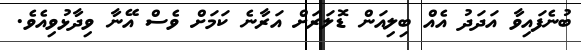
ބުނެފައިވާ އަދަދު އެއް ބިލިއަން ޑޮލަރަށް އަރާނެ ކަަމަށް ވެސް އޭނާ ވިދާޅުވިއެވެ.